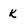
Character: K